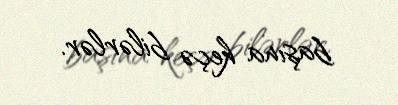
başına keçə bilərlər.